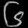
Digit: ၆